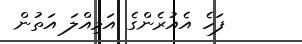
ފަހެ އެއުރެންގެ އަމިއްލަ އަތުން